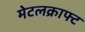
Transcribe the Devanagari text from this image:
मेटलक्राफ्ट